Report of the Municipal Commissioner on the plague in Bombay for the year ending 31st May... - Volume 1
Disease focus: Plague
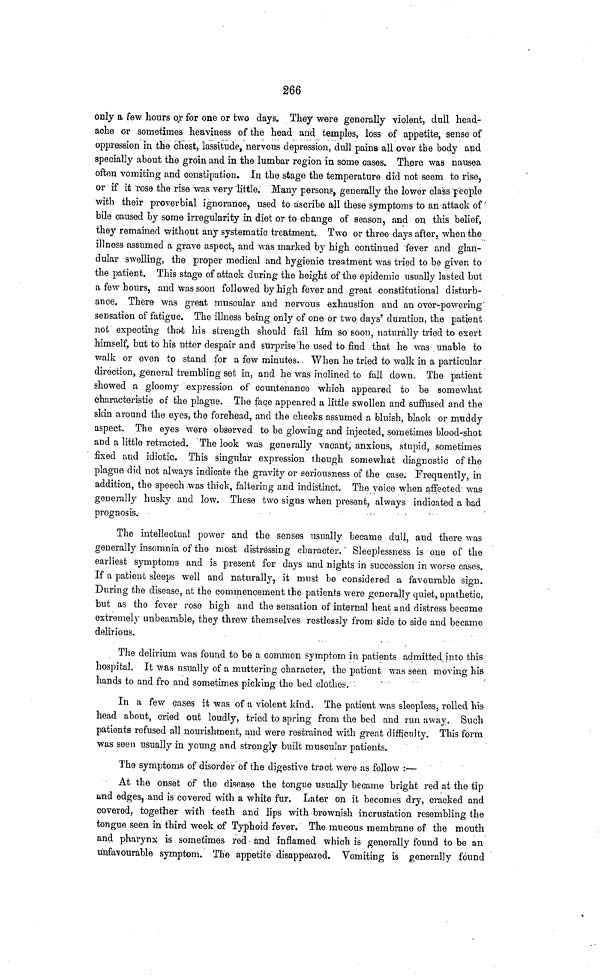
266
only a few hours or for one or two days. They were generally violent, dull head-
ache or sometimes heaviness of the head and temples, loss of appetite, sense of
oppression in the chest, lassitude, nervous depression, dull pains all over the body and
specially about the groin and in the lumbar region in some oases. There was nausea
often vomiting and constipation. In the stage the temperature did not seem to rise,
or if it rose the rise was very little. Many persons, generally the lower class people
with their proverbial ignorance, used to ascribe all these symptoms to an attack of
bile caused by some irregularity in diet or to change of season, and on this belief,
they remained without any systematic treatment. Two or three days after, when the
illness assumed a grave aspect, and was marked by high continued fever and glan-
dular swelling, the proper medical and hygienic treatment was tried to be given to
the patient. This stage of attack during the height of the epidemic usually lasted but
a few hours, and was soon followed by high fever and great constitutional disturb-
ance. There was great muscular and nervous exhaustion and an over-powering
sensation of fatigue. The illness being only of one or two days' duration, the patient
not expecting that his strength should fail him so soon, naturally tried to exert
himself, but to his utter despair and surprise he used to find that he was unable to
walk or even to stand for a few minutes. When he tried to walk in a particular
direction general trembling set in, and he was inclined to fall down. The patient
showed a gloomy expression of countenance which appeared to be somewhat
characteristic of the plague. The face appeared a little swollen and suffused and the
skin around the eyes, the forehead, and the cheeks assumed a bluish, black or muddy
aspect. The eyes were observed to be glowing and injected, sometimes blood-shot
and a little retracted. The look was generally vacant, anxious, stupid, sometimes
fixed and idiotic. This singular expression though somewhat diagnostic of the
plague did not always indicate the gravity or seriousness of the case. Frequently, in
addition, the speech was thick, faltering and indistinct. The voice when affected was
generally husky and low. These two signs when present, always indicated a bad
prognosis.
The intellectual power and the senses usually became dull, and there was
generally insomnia of the most distressing character. Sleeplessness is one of the
earliest symptoms and is present for days and nights in succession in worse cases.
If a patient sleeps well and naturally, it must be considered a favourable sign.
During the disease, at the commencement the patients were generally quiet, apathetic,
but as the fever rose high and the sensation of internal heat and distress became
extremely unbearable, they threw themselves restlessly from side to side and became
delirious.
The delirium was found to be a common symptom in patients admitted into this
hospital. It was usually of a muttering character, the patient was seen moving his
hands to and fro and sometimes picking the bed clothes.
In a few cases it was of a violent kind. The patient was sleepless, rolled his
head about, cried out loudly, tried to spring from the bed and run away. Such
patients refused all nourishment, and were restrained with great difficulty. This form
was seen usually in young and strongly built muscular patients.
The symptoms of disorder of the digestive tract were as follow :—
At the onset of the disease the tongue usually became bright red at the tip
and edges, and is covered with a white fur. Later on it becomes dry, cracked and
covered, together with teeth and lips with brownish incrustation resembling the
tongue seen in third week of Typhoid fever. The mucous membrane of the mouth
and pharynx is sometimes red and inflamed which is generally found to be an
unfavourable symptom. The appetite disappeared. Vomiting is generally found